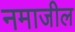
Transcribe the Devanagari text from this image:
नमाजील